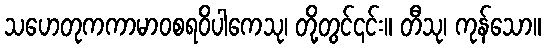
သဟေတုကကာမာဝစရဝိပါကေသု၊ တို့တွင်၎င်း။ တီသု၊ ကုန်သော။